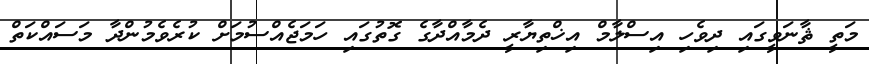
މަތީ ޘާނަވީގައި ދިވެހި އިސްލާމް އިޚްތިޔާރީ ދެމާއްދާގެ ގޮތުގައި ހަމަޖެއްސުމަށް ކުރެވެމުންދާ މަސައްކަތް